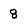
Character: 8